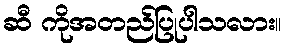
ဆီ ကိုအတည်ပြုပါသလား။